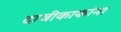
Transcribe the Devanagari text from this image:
दाजीकाकांना